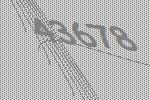
43678